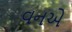
વનએ